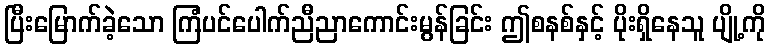
ပြီးမြောက်ခဲ့သော ကြံပင်ပေါက်ညီညာကောင်းမွန်ခြင်း ဤစနစ်နှင့် ပိုးရှိနေသူ ပျို့ကို